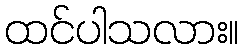
ထင်ပါသလား။